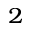
_ 2